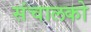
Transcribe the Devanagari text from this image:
संचालको